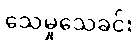
သေမှုသေခင်း